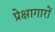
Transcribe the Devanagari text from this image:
प्रेक्षागारों